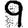
Digit: 9